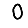
Digit: 0